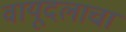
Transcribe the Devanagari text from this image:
वायूदलाचा